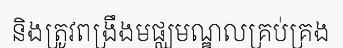
និងត្រូវពង្រឹងមផ្ឈមណ្ឌលគ្រប់គ្រង